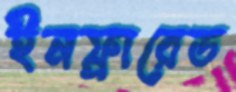
ইনফ্রারেড